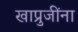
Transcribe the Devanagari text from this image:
खाप्रुजींना